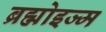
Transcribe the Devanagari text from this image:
ब्रह्मोइज्म